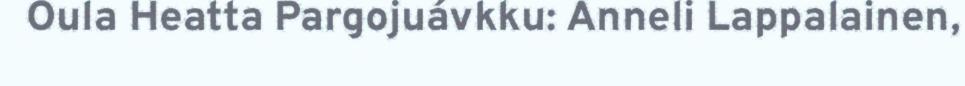
Oula Heatta Pargojuávkku: Anneli Lappalainen,